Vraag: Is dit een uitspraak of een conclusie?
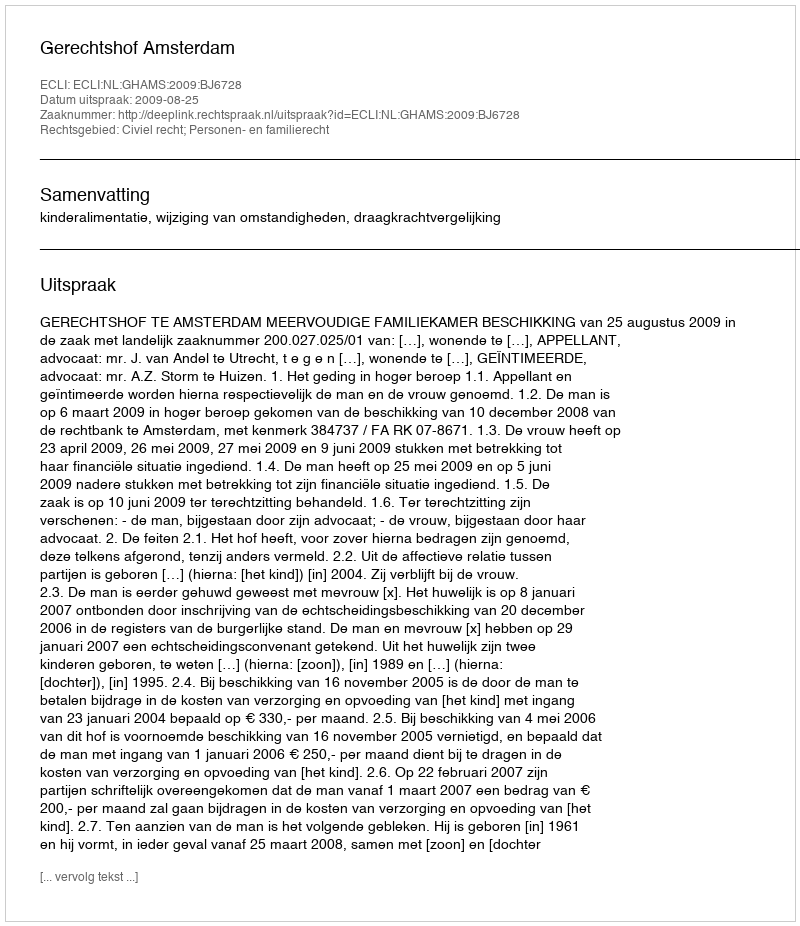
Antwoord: Uitspraak